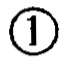
\textcircled{1}